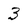
Character: 3